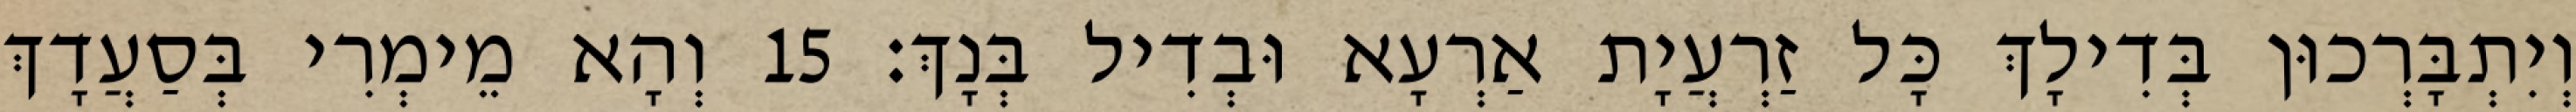
וְיִתְבָּרְכוּן בְּדִילָךְ כָּל זַרְעֲיָת אַרְעָא וּבְדִיל בְּנָךְ׃ 15 וְהָא מֵימְרִי בְּסַעֲדָךְ